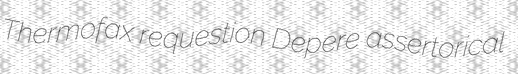
Thermofax requestion Depere assertorical